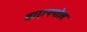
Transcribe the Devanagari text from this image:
वाएनपोल